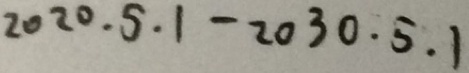
2 0 2 0 . 5 . 1 - 2 0 3 0 . 5 . 1